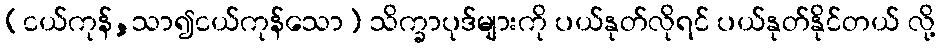
(ငယ်ကုန်,သာ၍ငယ်ကုန်သော) သိက္ခာပုဒ်များကို ပယ်နုတ်လိုရင် ပယ်နုတ်နိုင်တယ် လို့